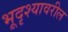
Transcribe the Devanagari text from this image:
भूदृश्यावरील